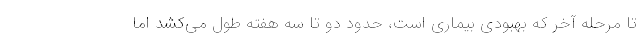
تا مرحله آخر که بهبودی بیماری است، حدود دو تا سه هفته طول می‌کشد اما